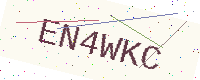
Text: EN4WKC